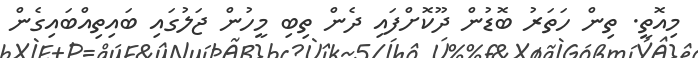
މިއޮތީ. ތިން ހަތަރު ބޮޑުން ދޫކޮށްފައި ދެން ތިބި މީހުން ޖަލުގައި ބައިތިއްބައިގެން